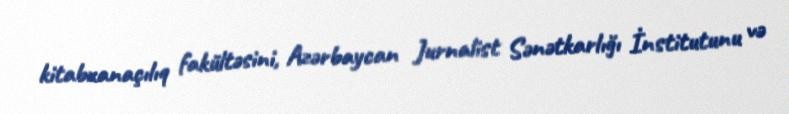
kitabxanaçılıq fakültəsini, Azərbaycan Jurnalist Sənətkarlığı İnstitutunu və